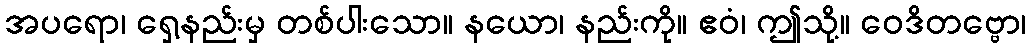
အပရော၊ ရှေ့နည်းမှ တစ်ပါးသော။ နယော၊ နည်းကို။ ဧဝံ၊ ဤသို့။ ဝေဒိတဗ္ဗော၊